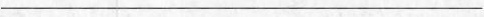
___